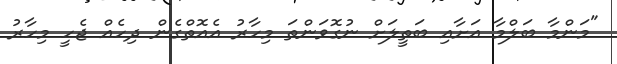
"މަންމާ ބަލްމާ އަށާއި ބަތީލަށް ނުގޮވަންތަ މިހާރު އެއޮތްގެން ދިހެއް ޖެހީ މިހާރު